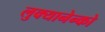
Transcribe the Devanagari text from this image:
लुक्यानेन्को